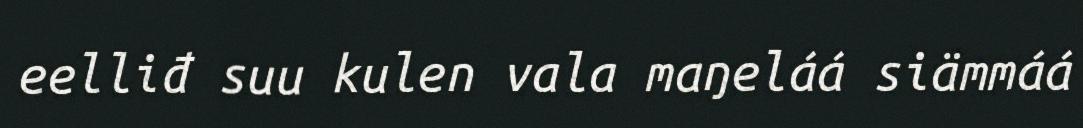
eelliđ suu kulen vala maŋeláá siämmáá